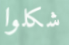
شكلوا